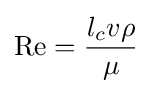
\mathrm {Re} ={l_{c}v\rho  \over \mu }